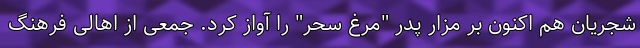
شجریان هم اکنون بر مزار پدر "مرغ سحر" را آواز کرد. جمعی از اهالی فرهنگ